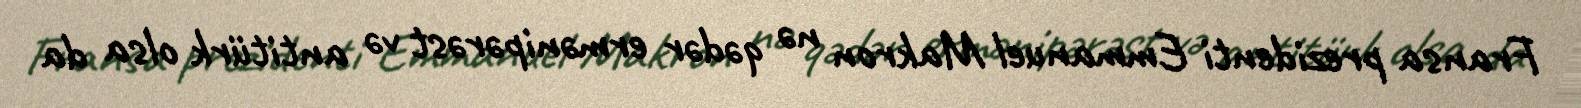
Fransa prezidenti Emmanuel Makron nə qədər ermənipərəst və antitürk olsa da